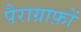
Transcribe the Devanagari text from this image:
पैराग्राफ़ों